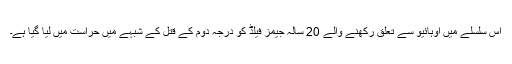
اس سلسلے میں اوہائیو سے تعلق رکھنے والے 20 سالہ جیمز فیلڈ کو درجہ دوم کے قتل کے شبہے میں حراست میں لیا گیا ہے۔